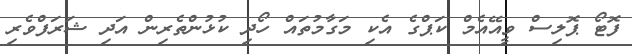
ފޮޓޯ ޕޮލިސް ވީއޭއެމް ކަޕްގެ އެކި މަގާމުތައް ހޯދި ކުޅުންތެރިން އަދި ޝަރަފްވެރި